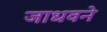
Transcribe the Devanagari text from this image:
जाधवने